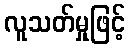
လူသတ်မှုဖြင့်